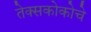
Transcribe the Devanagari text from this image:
तेक्सकोकोचे